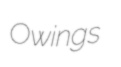
Owings